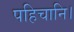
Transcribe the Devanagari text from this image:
पहिचानि।